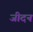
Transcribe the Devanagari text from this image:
जीदन